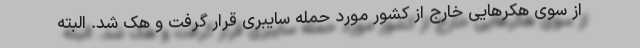
از سوی هکرهایی خارج از کشور مورد حمله سایبری قرار گرفت و هک شد. البته